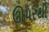
ઊપરથી